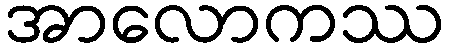
အာလောကဿ